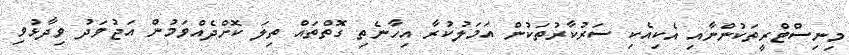
މިނިސްޓްރީތަކުންނާއި އެކިއެކި ސަރުކާރުތަކުން އަމަލުކުރާ އިހާނެތި ގޮތްތައް ތިލަ ކޮށްދެއްވަމުން އަޖުވަދު ވިދާޅުވި